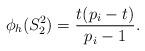
LaTeX: \begin{align*}\phi_h(S_2^2)=\frac{t(p_i-t)}{p_i-1}.\end{align*}